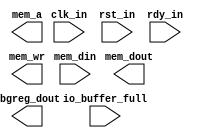
// RISCV32I CPU top module
// port modification allowed for debugging purposes

module cpu(
  input  wire                 clk_in,			// system clock signal
  input  wire                 rst_in,			// reset signal
	input  wire					        rdy_in,			// ready signal, pause cpu when low

  input  wire [ 7:0]          mem_din,		// data input bus
  output wire [ 7:0]          mem_dout,		// data output bus
  output wire [31:0]          mem_a,			// address bus (only 17:0 is used)
  output wire                 mem_wr,			// write/read signal (1 for write)
	
	input  wire                 io_buffer_full, // 1 if uart buffer is full
	
	output wire [31:0]			dbgreg_dout		// cpu register output (debugging demo)
);

// implementation goes here

// Specifications:
// - Pause cpu(freeze pc, registers, etc.) when rdy_in is low
// - Memory read result will be returned in the next cycle. Write takes 1 cycle(no need to wait)
// - Memory is of size 128KB, with valid address ranging from 0x0 to 0x20000
// - I/O port is mapped to address higher than 0x30000 (mem_a[17:16]==2'b11)
// - 0x30000 read: read a byte from input
// - 0x30000 write: write a byte to output (write 0x00 is ignored)
// - 0x30004 read: read clocks passed since cpu starts (in dword, 4 bytes)
// - 0x30004 write: indicates program stop (will output '\0' through uart tx)

always @(posedge clk_in)
  begin
    if (rst_in)
      begin
      
      end
    else if (!rdy_in)
      begin
      
      end
    else
      begin
      
      end
  end

endmodule